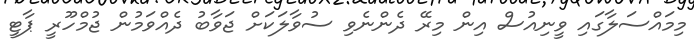
މިމައްސަލާގައި ވީނިއުސް އިން މިރޭ ދެންނެވި ސުވާލަކަށް ޖަވާބު ދެއްވަމުން ޖުމްހޫރީ ޕާޓީ